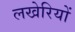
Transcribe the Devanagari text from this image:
लखेरियों